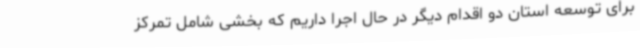
برای توسعه استان دو اقدام دیگر در حال اجرا داریم که بخشی شامل تمرکز